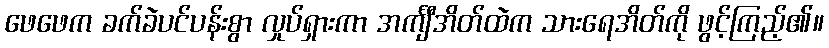
ဖေဖေက ခက်ခဲပင်ပန်းစွာ လှုပ်ရှားကာ အင်္ကျီအိတ်ထဲက သားရေအိတ်ကို ဖွင့်ကြည့်၏။